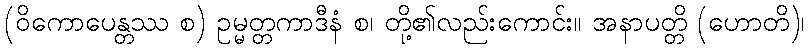
(ဝိကောပေန္တဿ စ) ဥမ္မတ္တကာဒီနံ စ၊ တို့၏လည်းကောင်း။ အနာပတ္တိ (ဟောတိ)၊